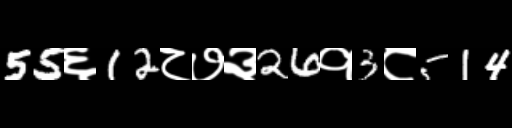
Text: 55६12८७३26१3८514